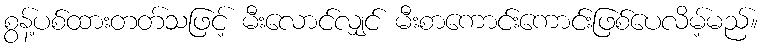
စွန့်ပစ်ထားတတ်သဖြင့် မီးလောင်လျှင် မီးစာကောင်းကောင်းဖြစ်ပေလိမ့်မည်။